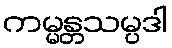
ကမ္မန္တသမ္ပဒါ